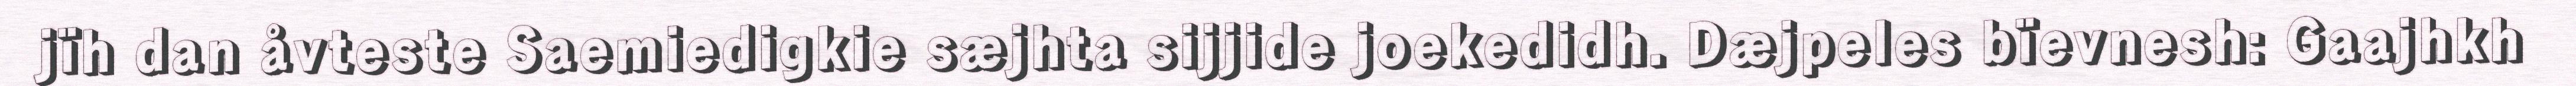
jïh dan åvteste Saemiedigkie sæjhta sijjide joekedidh. Dæjpeles bïevnesh: Gaajhkh